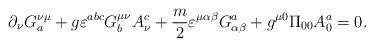
LaTeX: \begin{align*}\partial_\nu G_{a}^{\nu\mu} + g\varepsilon^{abc}G_{b}^{\mu\nu}A_\nu^c+ \frac{m}{2}\varepsilon^{\mu\alpha\beta}G^{a}_{\alpha\beta} + g^{\mu 0}\Pi_{00}A_{0}^{a}= 0.\end{align*}